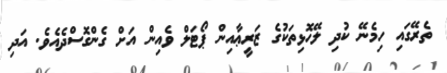
ތެރޭގައި ހިމެނޭ ކުދި ލޭހޮޅިތަކުގެ ޒަރީޢާއިން ޕޯޓަލް ވެއިން އަށް ގެންގޮސްދެއެވެ. އަދި